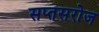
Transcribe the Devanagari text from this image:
सप्तसरोज